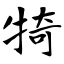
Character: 犄